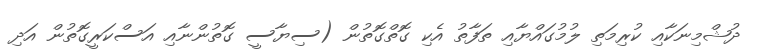
ދުޝްމިނަކާއި ކުރިމަތި ލުމުގައްޔާއި ތަފާތު އެކި ގޮތްގޮތުން (ސިޔާސީ ގޮތުންނާއި އަސްކަރީގޮތުން އަދި